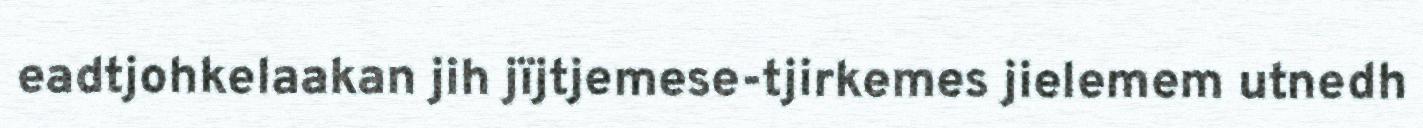
eadtjohkelaakan jih jïjtjemese-tjirkemes jielemem utnedh